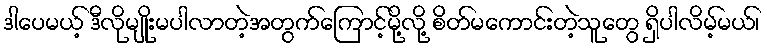
ဒါပေမယ့် ဒီလိုမျိုးမပါလာတဲ့အတွက်ကြောင့်မို့လို့ စိတ်မကောင်းတဲ့သူတွေ ရှိပါလိမ့်မယ်၊